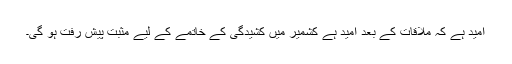
امید ہے کہ ملاقات کے بعد امید ہے کشمیر میں کشیدگی کے خاتمے کے لیے مثبت پیش رفت ہو گی۔